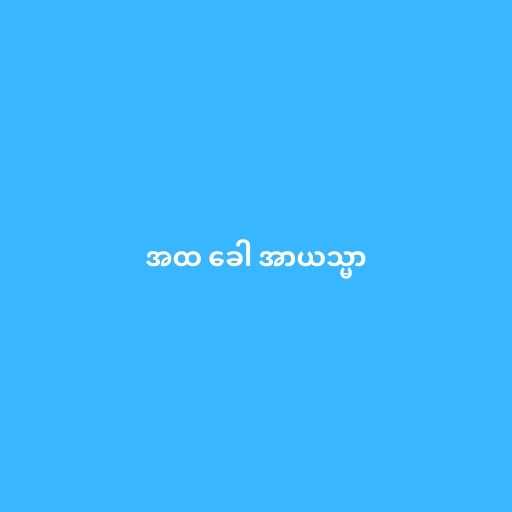
အထ ခေါ အာယသ္မာ